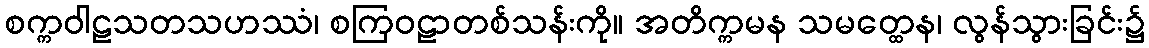
စက္ကဝါဠသတသဟဿံ၊ စကြဝဠာတစ်သန်းကို။ အတိက္ကမန သမတ္ထေန၊ လွန်သွားခြင်း၌